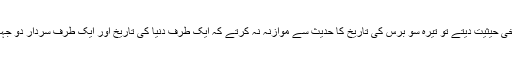
اگر حدیث کو تاریخی حیثیت دیتے تو تیرہ سو برس کی تاریخ کا حدیث سے موازنہ نہ کرتے کہ ایک طرف دنیا کی تاریخ اور ایک طرف سردارِ دو جہاں محمدﷺ کا بیان۔